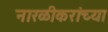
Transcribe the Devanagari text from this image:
नारळीकरांच्या